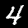
Label: 4